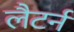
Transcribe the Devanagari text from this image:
लैटर्न